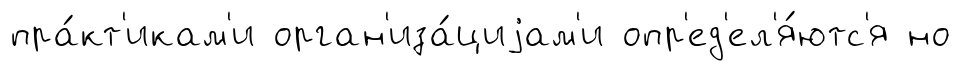
пра́кт'икам'и орган'иза́циjам'и опр'ед'ел'я́ютс'я но